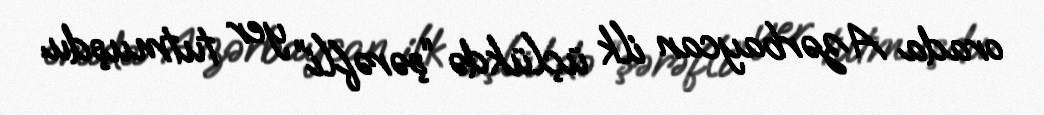
orada Azərbaycan ilk üçlükdə “şərəfli” yer tutmuşdu.